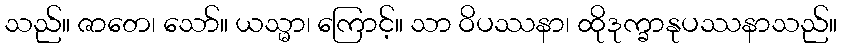
သည်။ ဇာတေ၊ သော်။ ယသ္မာ၊ ကြောင့်။ သာ ဝိပဿနာ၊ ထိုဒုက္ခာနုပဿနာသည်။